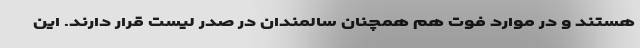
هستند و در موارد فوت هم همچنان سالمندان در صدر لیست قرار دارند. این